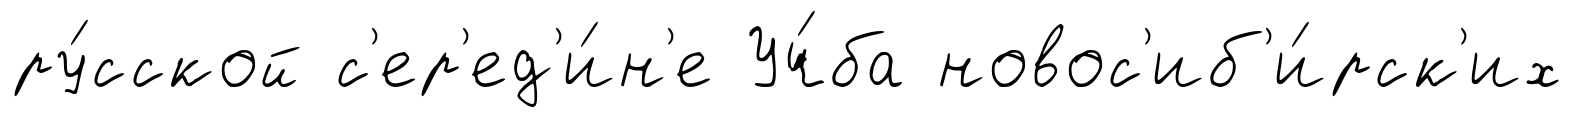
ру́сской с'ер'ед'и́н'е Уч́ба новос'иб'и́рск'их